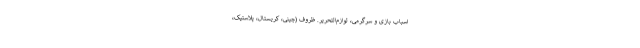
اسباب بازی و سرگرمی، لوازم‌التحریر. ظروف (چینی، کریستال، پلاستیک،